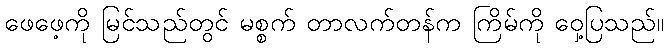
ဖေဖေ့ကို မြင်သည်တွင် မစ္စက် တာလက်တန်က ကြိမ်ကို ဝှေ့ပြသည်။